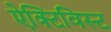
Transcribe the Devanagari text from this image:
ऐक्टिविस्ट